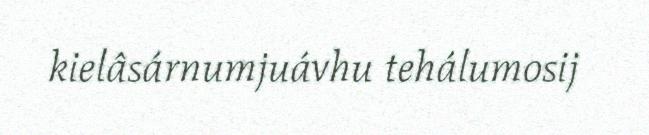
kielâsárnumjuávhu tehálumosij